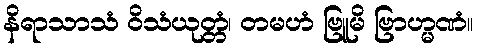
နိရာသာသံ ဝိသံယုတ္တံ၊ တမဟံ ဗြူမိ ဗြာဟ္မဏံ။